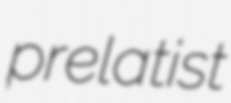
prelatist